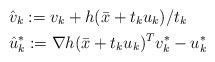
LaTeX: \begin{align*}& \hat{v}_{k}:= v_{k}+ h(\bar{x}+t_{k}u_{k})/ t_{k}\\& \hat{u}^{*}_{k}:=\nabla h(\bar{x}+t_{k}u_{k})^{T} v^{*}_{k}-u^{*}_{k}\end{align*}